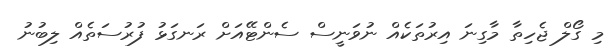
މި ގޯލް ޖެހިތާ މާގިނަ އިރުތަކެއް ނުވަނީސް ސެންޓޭއަށް ރަނގަޅު ފުރުސަތެއް ލިބުނު